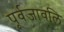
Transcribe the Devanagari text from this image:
पूर्वजावलि